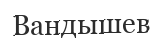
Вандышев